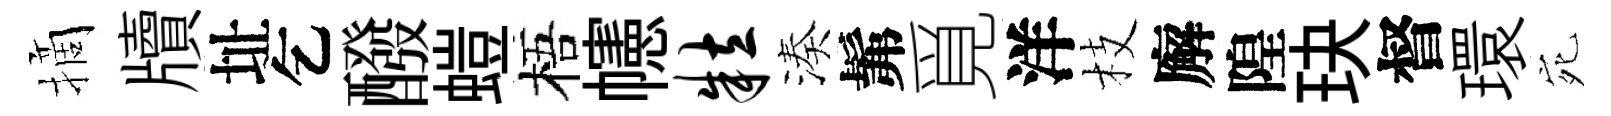
摘牘址乞醱螘梧幰粒湊髴覓洋枝廨隍玦督環宛